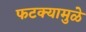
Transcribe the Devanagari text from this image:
फटक्यामुळे